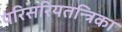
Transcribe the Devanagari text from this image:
परिसरियतन्त्रिका